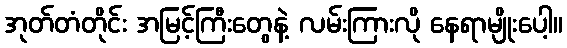
အုတ်တံတိုင်း အမြင့်ကြီးတွေနဲ့ လမ်းကြားလို နေရာမျိုးပေါ့။